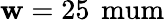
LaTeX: \mathbf{w}=25\, \mathrm{{\ mum}}